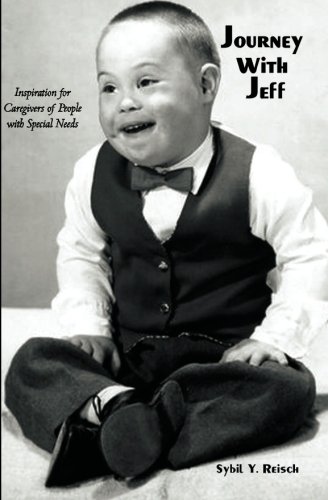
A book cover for Journey with Jeff: Inspiration for Caregivers of People with Special Needs; Sybil Y. Reisch; Health, Fitness & Dieting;